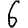
Digit: 6